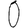
Digit: 0